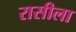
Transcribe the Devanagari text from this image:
रासीला